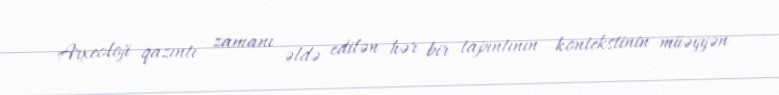
Arxeoloji qazıntı zamanı əldə edilən hər bir tapıntının kontekstinin müəyyən